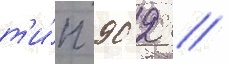
т'и́п 90 2 /